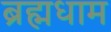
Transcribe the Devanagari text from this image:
ब्रह्मधाम